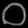
Digit: ၀